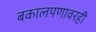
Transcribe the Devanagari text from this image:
बकालपणावरही